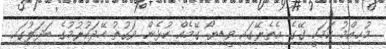
މުޙިއްމު ކަމަކީ ގޭގެ އެތެރޭގައި ވީޑިޔޯ ގޭމެއް ކުޅެން ވަގުތު ހޭދަކުރުމުގެ ބަދަލުގައި